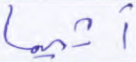
أثيما